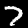
Digit: 7